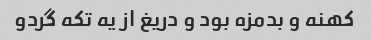
کهنه و بدمزه بود و دریغ از یه تکه گردو